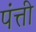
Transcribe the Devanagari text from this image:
पंत्ती